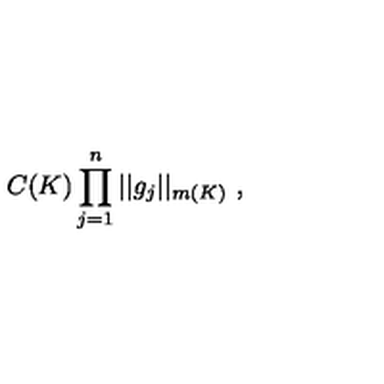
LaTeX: C ( K ) \prod _ { j = 1 } ^ { n } | | g _ { j } | | _ { m ( K ) } \ ,